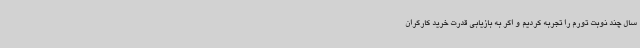
سال چند نوبت تورم را تجربه کردیم و اگر به بازیابی قدرت خرید کارگران